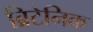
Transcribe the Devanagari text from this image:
ब्रिटेनिक